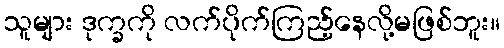
သူများ ဒုက္ခကို လက်ပိုက်ကြည့်နေလို့မဖြစ်ဘူး။